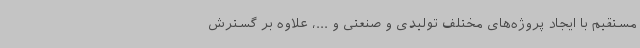
مستقیم با ایجاد پروژه‌های مختلف تولیدی و صنعتی و ...، علاوه بر گسترش